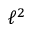
\ell ^ { 2 }